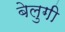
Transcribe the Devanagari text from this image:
बेलुगी